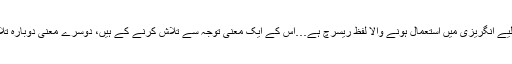
’’تحقیق کے لیے انگریزی میں استعمال ہونے والا لفظ ریسرچ ہے…اس کے ایک معنیٰ توجہ سے تلاش کرنے کے ہیں، دوسرے معنیٰ دوبارہ تلاش کرنا ہے۔